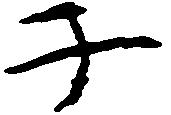
子